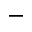
^ -